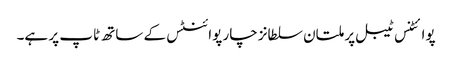
پوائٹنس ٹیبل پر ملتان سلطانز چار پوائنٹس کے ساتھ ٹاپ پر ہے۔